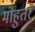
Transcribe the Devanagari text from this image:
मोहुतरे